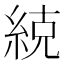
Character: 𮈒